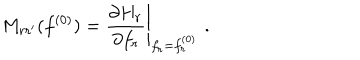
LaTeX: M _ { r r ^ { \prime } } ( f ^ { ( 0 ) } ) = \left. \frac { \partial H _ { r } } { \partial f _ { r } } \right| _ { f _ { r } = f _ { r } ^ { ( 0 ) } } \, \, .